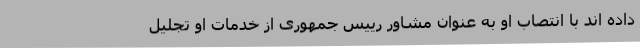
داده اند با انتصاب او به عنوان مشاور رییس جمهوری از خدمات او تجلیل